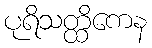
ပုရိသတ္ထိကေန